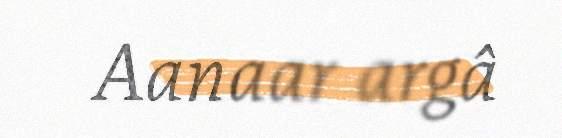
Aanaar argâ